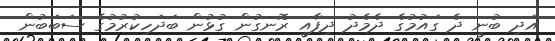
އަދި ބުނީ ދެ ގައުމުގެ ދެމެދު ދިފާއީ ރޮނގުން ގުޅުން ބަދަހިކުރުމުގެ ސަބަބުން